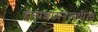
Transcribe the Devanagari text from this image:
हॅम्पशायरमधील